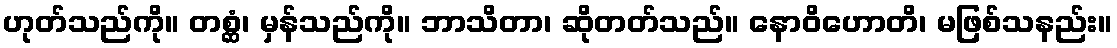
ဟုတ်သည်ကို။ တစ္ဆံ၊ မှန်သည်ကို။ ဘာသိတာ၊ ဆိုတတ်သည်။ နောဝိဟောတိ၊ မဖြစ်သနည်း။